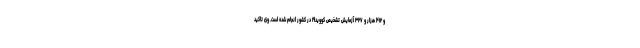
و ۴۱۲ هزار و ۳۲۷ آزمایش تشخیص کووید۱۹ در کشور انجام شده است. وی تاکید